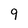
Character: 9